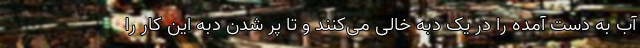
آب به دست آمده را در یک دبه خالی می‌کنند و تا پر شدن دبه این کار را